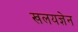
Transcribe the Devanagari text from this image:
खलयज्ञेन